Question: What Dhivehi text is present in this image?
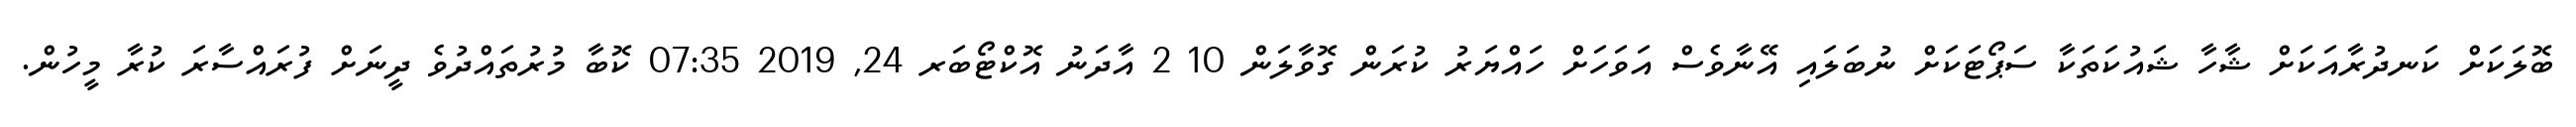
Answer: ބޮލަކަށް ކަނދުރާއަކަށް ޝާހާ ޝައުކަތަކާ ސަޕޯޓަކަށް ނުބަލައި އޭނާވެސް އަވަހަށް ހައްޔަރު ކުރަން ގޮވާލަން 10 2 އާދަނު އޮކްޓޯބަރ 24, 2019 07:35 ކޮބާ މުރުތައްދުވެ ދީނަށް ފުރައްސާރަ ކުރާ މީހުން.